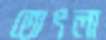
তোৎলা